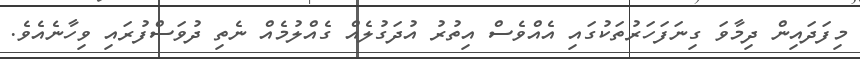
މިފަދައިން ދިމާވަ ގިނަފަހަރުތަކުގައި އެއްވެސް އިތުރު އުދަގުލެއް ގެއްލުމެއް ނެތި ދުވަސްފުރައި ވިހާނެއެވެ.